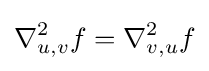
\nabla _{u,v}^{2}f=\nabla _{v,u}^{2}f